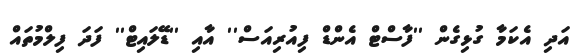
އަދި އެކަމާ ގުޅިގެން ''ފާސްޓް އެންޑް ފިއުރިއަސް'' އާއި ''ޑޭލައިޓް'' ފަދަ ފިލްމުތައް